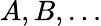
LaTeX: A,B,\ldots